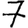
Digit: 7